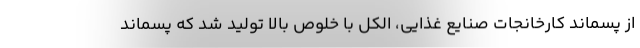
از پسماند کارخانجات صنایع غذایی، الکل با خلوص بالا تولید شد که پسماند